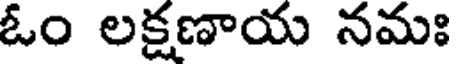
ఓం లక్షణాయ నమః